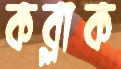
কব্‌লাক